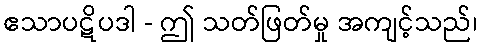
ဧသာပဋိပဒါ - ဤ သတ်ဖြတ်မှု အကျင့်သည်၊